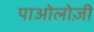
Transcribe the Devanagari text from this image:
पाओलोज़ी